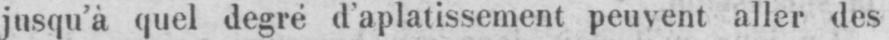
jusqu’à quel degré d’aplatissement peuvent aller des